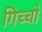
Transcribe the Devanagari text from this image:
गिच्चो